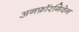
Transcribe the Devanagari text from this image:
अनफ़ॉरगिवेन